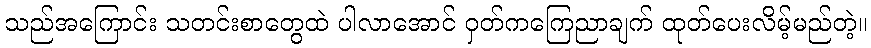
သည်အကြောင်း သတင်းစာတွေထဲ ပါလာအောင် ဝှတ်ကကြေညာချက် ထုတ်ပေးလိမ့်မည်တဲ့။